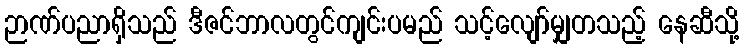
ဉာဏ်ပညာရှိသည် ဒီဇင်ဘာလတွင်ကျင်းပမည် သင့်လျော်မျှတသည့် နေဆီသို့